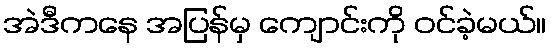
အဲဒီကနေ အပြန်မှ ကျောင်းကို ဝင်ခဲ့မယ်။